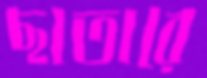
ছাতারে